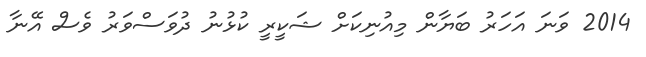
2014 ވަނަ އަހަރު ބަޔާން މިއުނިކަށް ޝަކީރީ ކުޅުނު ދުވަސްވަރު ވެސް އޭނާ